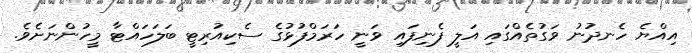
އިއްޔެ ހެނދުނު ވަގުތެއްގައި އަލީ ފެނިފައި ވަނީ ހަރަމްފުޅުގެ ސެކިއުރިޓީ ބަލަހައްޓާ މީހުންނަށެވެ.